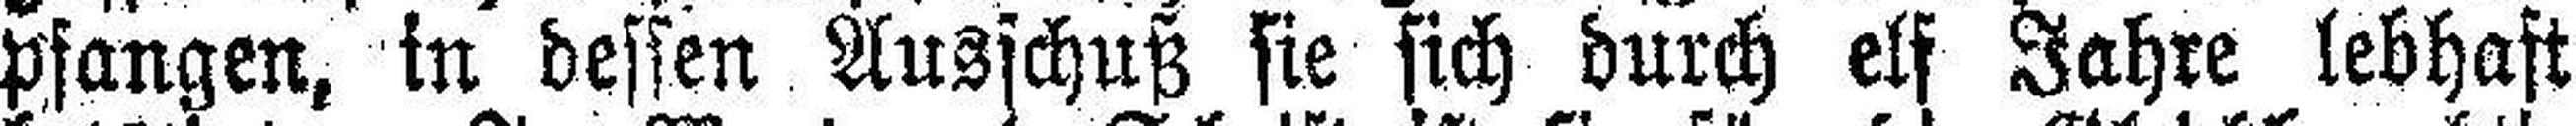
pfangen, in dessen Ausschuß sie sich durch elf Jahre lebhaft